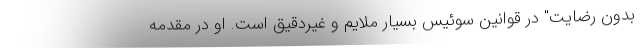
بدون رضایت" در قوانین سوئیس بسیار ملایم و غیردقیق است. او در مقدمه